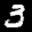
Label: 3